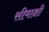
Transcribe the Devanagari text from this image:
सीमाक्षी